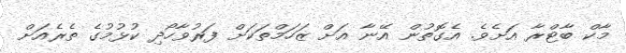
މާކް ބާޓްރާ އަށެވެ. އެގޮތުން އޭނާ އަށް ޒަހަމްތަކަށް ފަރުވާހޯދި ކުޅުމުގެ ތެރެއަށް